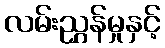
လမ်းညွှန်မှုနှင့်